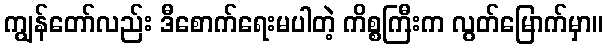
ကျွန်တော်လည်း ဒီစောက်ရေးမပါတဲ့ ကိစ္စကြီးက လွတ်မြောက်မှာ။